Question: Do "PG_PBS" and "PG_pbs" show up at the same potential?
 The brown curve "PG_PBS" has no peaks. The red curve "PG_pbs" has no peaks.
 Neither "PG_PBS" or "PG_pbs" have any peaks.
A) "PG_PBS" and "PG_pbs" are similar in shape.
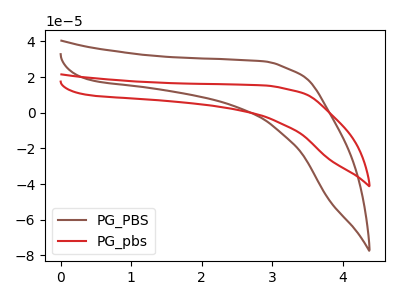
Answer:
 <answer>A) "PG_PBS" and "PG_pbs" are similar in shape.</answer>
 <eval>A</eval>